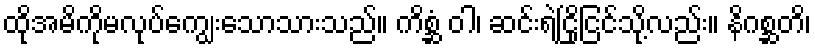
ထိုအမိကိုမလုပ်ကျွေးသောသားသည်။ ကိစ္ဆံ ဝါ၊ ဆင်းရဲငြိုငြင်သို့လည်း။ နိဂစ္ဆတိ၊